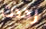
رددت